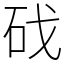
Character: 䂝